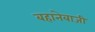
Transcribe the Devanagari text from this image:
बहानेबाजी